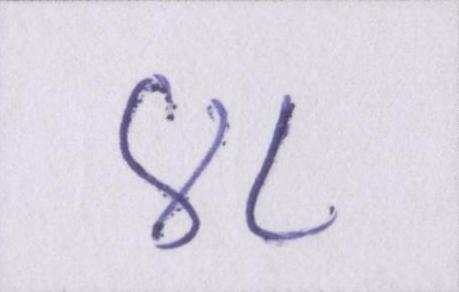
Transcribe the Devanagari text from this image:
४८